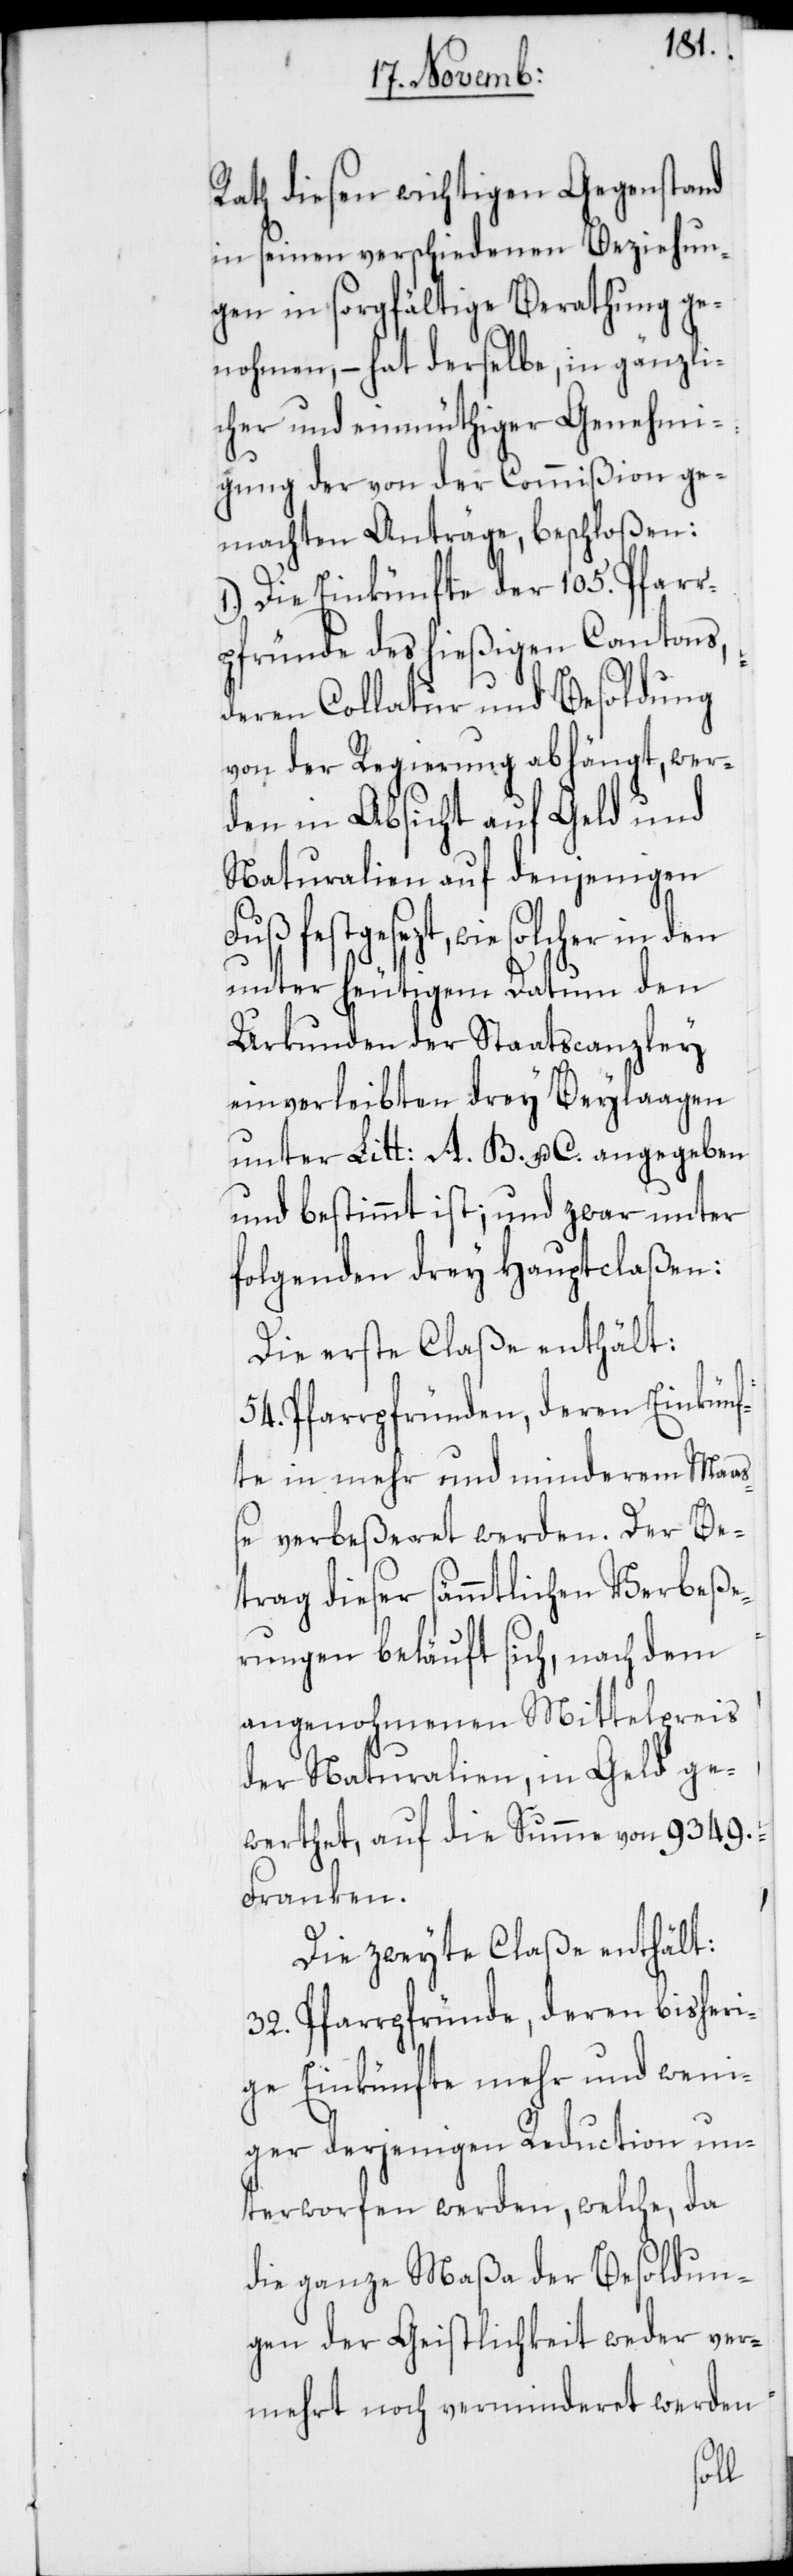
Rath diesen wichtigen Gegenstand
in seinen verschiedenen Beziehun¬
gen in sorgfältige Berathung ge¬
nohmen, – hat derselbe, in gänzli¬
cher und einmüthiger Genehmi¬
gung der von der Commißion ge¬
machten Anträge, beschloßen:
1.) Die Einkünfte der 105. Pfarr¬
pfründe des hießigen Cantons,
deren Collatur und Besoldung
von der Regierung abhängt, wer¬
den in Absicht auf Geld und
Naturalien auf denjenigen
festgesezt, wie solcher in
unter heutigem Datum den
Urkunden der Staatscanzley
einverleibten drey Beylaagen
unter Litt: A. B. u. C. angegeben
und bestimmt ist; und zwar unter
folgenden drey Hauptclaßen:
Die erste Claße enthält:
54. Pfarrpfründen, deren Einkünf¬
te in mehr und minderem Maa¬
ße verbeßeret werden. Der Be¬
trag dieser sämmtlichen Verbeße¬
rungen beläuft sich, nach dem
angenohmenen Mittelpreis
der Naturalien, in Geld ge¬
werthet, auf die Summe von 9349.
Franken.
Die zweyte Claße enthält:
32. Pfarrpfründe, deren bisheri¬
ge Einkünfte mehr und weni¬
ger derjenigen Reduction un¬
terworfen werden, welche, da
die ganze Maßa der Besoldun¬
gen der Geistlichkeit weder ver¬
mehrt noch verminderet werden